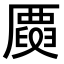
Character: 𠪳